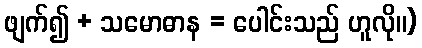
ဖျက်၍ + သမောဓာန = ပေါင်းသည် ဟူလို။)